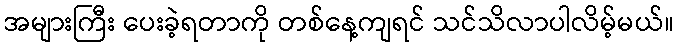
အများကြီး ပေးခဲ့ရတာကို တစ်နေ့ကျရင် သင်သိလာပါလိမ့်မယ်။